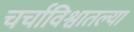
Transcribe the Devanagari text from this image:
चर्चाविश्वातल्या